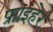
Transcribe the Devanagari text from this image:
फ्राइहेर